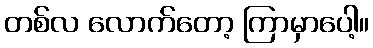
တစ်လ လောက်တော့ ကြာမှာပေါ့။